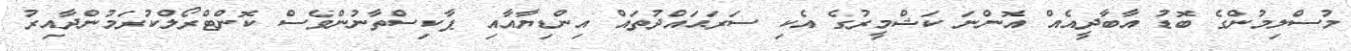
މުސްލިމުންގެ ބޮޑު އާބާދީއެއް އޮންނަ ކަޝްމީރުގެ އެކި ސަރަޙައްދުތައް އިންޑިޔާއާއި ޕާކިސްތާނުންވެސް ކޮންޓްރޯލްކުރަމުންދާއިރު